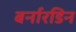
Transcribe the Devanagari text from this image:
बर्नारडिन